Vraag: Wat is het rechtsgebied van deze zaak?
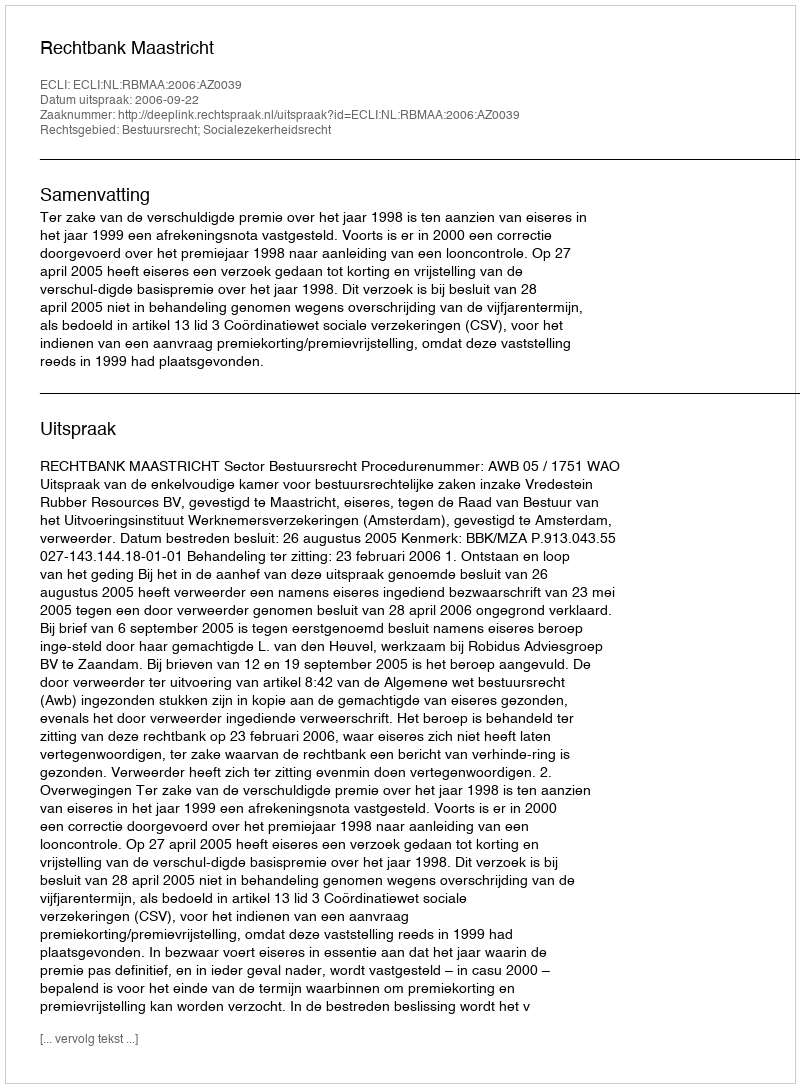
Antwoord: Bestuursrecht; Socialezekerheidsrecht